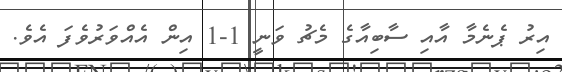
އިރު ޕެނެމާ އާއި ސާބިއާގެ މެޗު ވަނީ 1-1 އިން އެއްވަރުވެފަ އެވެ.